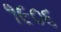
૧૯૦૬